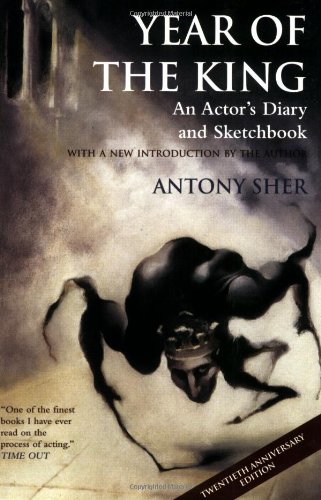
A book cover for Year of the King: An Actor's Diary and Sketchbook - Twentieth Anniversary Edition; Antony Sher; Literature & Fiction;